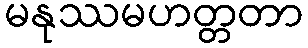
မနုဿမဟတ္တတာ